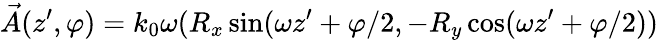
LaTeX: \vec{A}(z^{\prime},\varphi)=k_{0}\omega(R_{x}\sin(\omega z^{\prime}+\varphi/2,-R_{y}\cos(\omega z^{\prime}+\varphi/2))